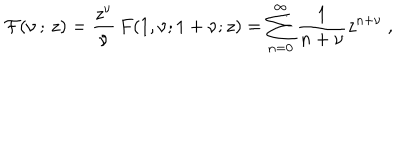
{ \cal F } ( \nu \, ; \, z ) = \frac { z ^ { \nu } } { \nu } \, F ( 1 , \nu ; 1 + \nu ; z ) = \sum _ { n = 0 } ^ { \infty } \frac { 1 } { n + \nu } z ^ { n + \nu } ~ ,